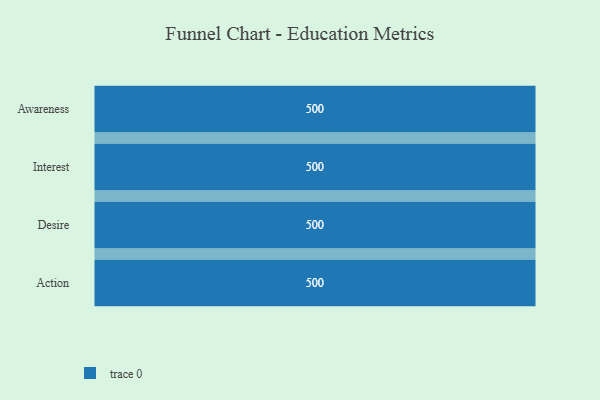
{"axis": {"x": "Stage", "y": "Value"}, "legend": [""], "data": [{"x": "Awareness", "y": 500, "type": ""}, {"x": "Interest", "y": 500, "type": ""}, {"x": "Desire", "y": 500, "type": ""}, {"x": "Action", "y": 500, "type": ""}]}